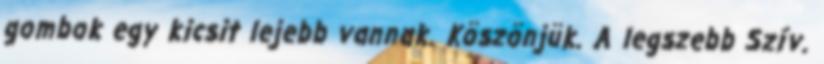
gombok egy kicsit lejebb vannak. Köszönjük. A legszebb Szív.